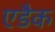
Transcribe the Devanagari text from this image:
एडैक